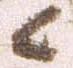
候